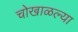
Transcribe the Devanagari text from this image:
चोखाळल्या